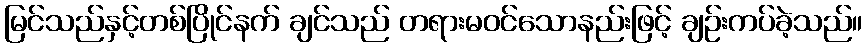
မြင်သည်နှင့်တစ်ပြိုင်နက် ချင်သည် တရားမဝင်သောနည်းဖြင့် ချဉ်းကပ်ခဲ့သည်။